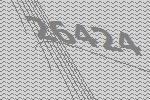
26424